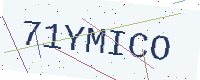
Text: 71YMICO